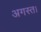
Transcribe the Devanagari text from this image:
अगस्त।